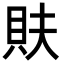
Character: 𮙳